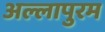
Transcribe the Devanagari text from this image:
अल्लापुरम